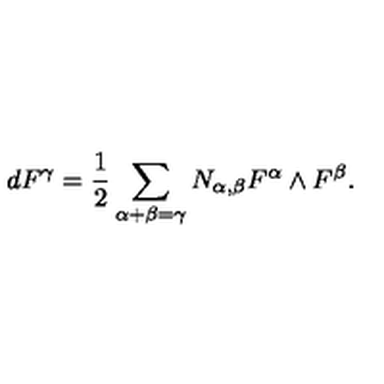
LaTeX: d F ^ { \gamma } = \frac { 1 } { 2 } \sum _ { \alpha + \beta = \gamma } N _ { \alpha , \beta } F ^ { \alpha } \wedge F ^ { \beta } .